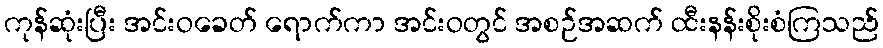
ကုန်ဆုံးပြီး အင်းဝခေတ် ရောက်ကာ အင်းဝတွင် အစဉ်အဆက် ထီးနန်းစိုးစံကြသည်